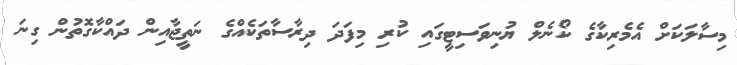
މިސާލަކަށް އެމެރިކާގެ ކޯނެލް ޔުނިވަސިޓީގައި ކުރި މިފަދަ ދިރާސާތަކެއްގެ ނަތީޖާއިން ދައްކާގޮތުން ގިނަ